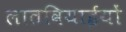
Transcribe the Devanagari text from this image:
लातवियाईयों